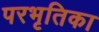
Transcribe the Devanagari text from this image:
परभृतिका